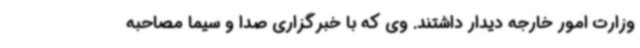
وزارت امور خارجه دیدار داشتند. وی که با خبرگزاری صدا و سیما مصاحبه